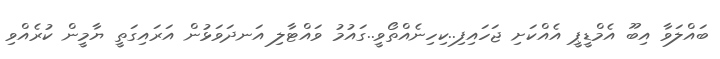
ބައްލަވާ އިބޫ އެމްޑީޕީ އެއްކަށި ޖަހައިފި..ކިހިނެއްތޯވީ..ގައުމު ވައްޓާލި އަނދަވަޅުން އަރައިގަތީ ޔާމީން ކުރެއްވި